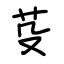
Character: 芟